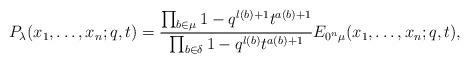
LaTeX: \begin{align*}P_\lambda(x_1,\ldots,x_n;q,t) = \frac{\prod _{b\in\mu} 1-q^{l(b)+1}t^{a(b)+1}} {\prod _{b\in\delta} 1-q^{l(b)}t^{a(b)+1}} E_{0^n\mu}(x_1,\ldots,x_n;q,t),\end{align*}